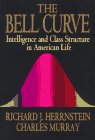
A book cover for The Bell Curve: Intelligence and Class Structure in American Life; Richard Herrnstein; Politics & Social Sciences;